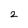
Character: 2